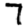
Digit: 7